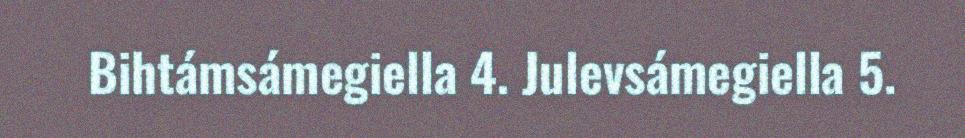
Bihtámsámegiella 4. Julevsámegiella 5.